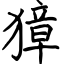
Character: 獐